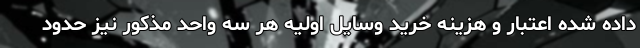
داده شده اعتبار و هزینه خرید وسایل اولیه هر سه واحد مذکور نیز حدود